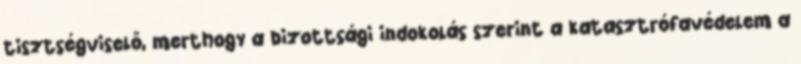
tisztségviselő, merthogy a bizottsági indokolás szerint a katasztrófavédelem a